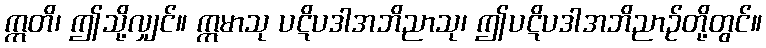
ဣတိ၊ ဤသို့လျှင်။ ဣမာသု ပဋိပဒါအဘိညာသု၊ ဤပဋိပဒါအဘိညာဉ်တို့တွင်။